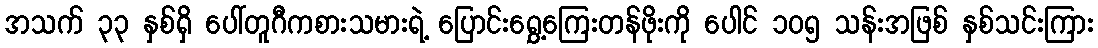
အသက် ၃၃ နှစ်ရှိ ပေါ်တူဂီကစားသမားရဲ့ ပြောင်းရွှေ့ကြေးတန်ဖိုးကို ပေါင် ၁၀၅ သန်းအဖြစ် နှစ်သင်းကြား